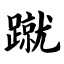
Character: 蹴